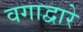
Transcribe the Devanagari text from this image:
वगाद्वारे